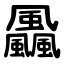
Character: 飍